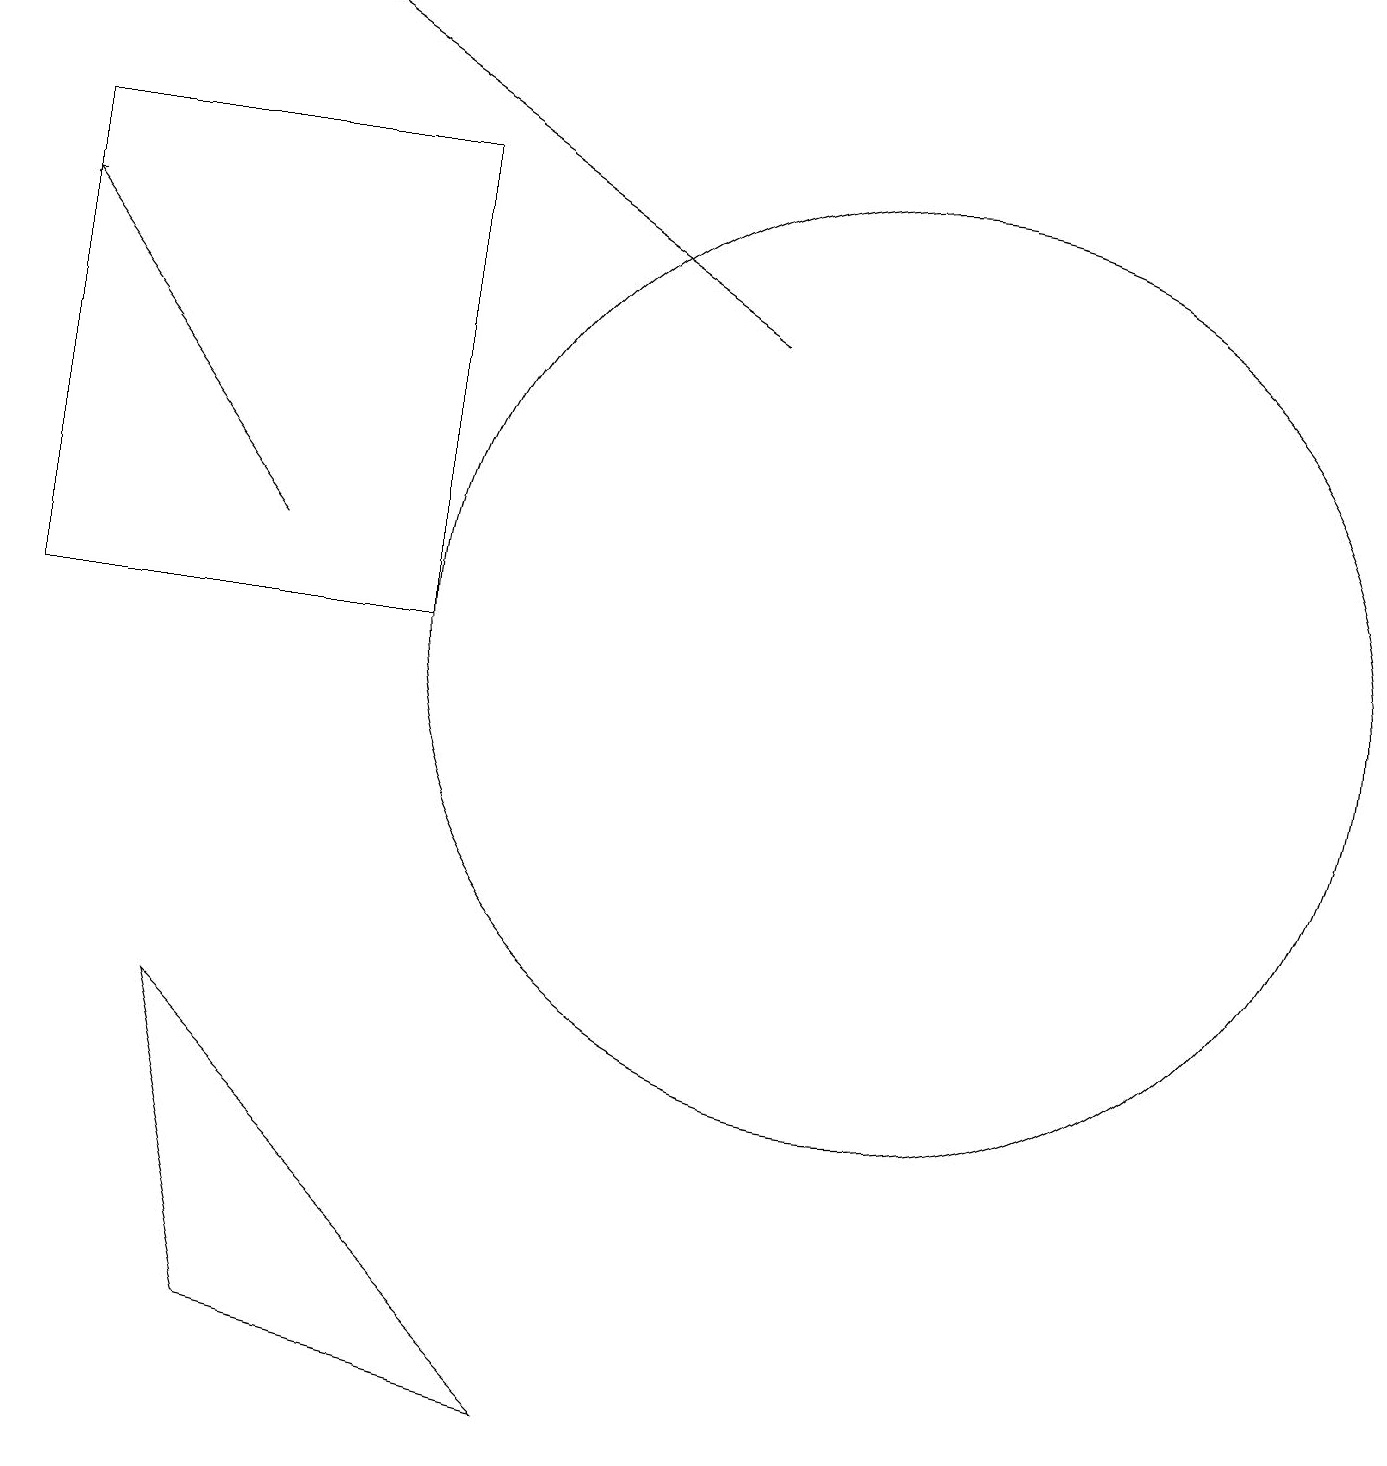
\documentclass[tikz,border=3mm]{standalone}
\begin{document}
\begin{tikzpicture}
\draw[->] (9,15) -- (3,19);
\draw (3,2) -- (7,1) -- (2,6) -- cycle;
\draw (0,11) rectangle (5,17);
\draw[->] (3,12) -- (0,16);
\draw (11,11) circle (6);
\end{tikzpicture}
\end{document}